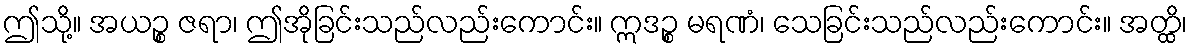
ဤသို့။ အယဉ္စ ဇရာ၊ ဤအိုခြင်းသည်လည်းကောင်း။ ဣဒဉ္စ မရဏံ၊ သေခြင်းသည်လည်းကောင်း။ အတ္ထိ၊